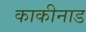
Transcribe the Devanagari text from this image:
काकीनाड